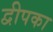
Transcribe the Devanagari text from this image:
द्वीपका